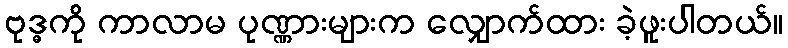
ဗုဒ္ဓကို ကာလာမ ပုဏ္ဏားများက လျှောက်ထား ခဲ့ဖူးပါတယ်။